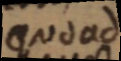
quo ad